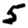
Digit: 5